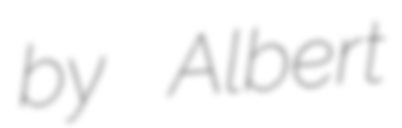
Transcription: by Albert